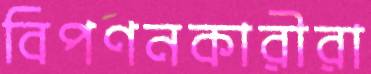
বিপণনকারীরা